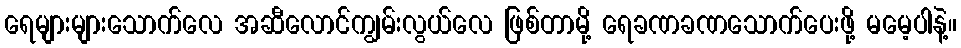
ရေများများသောက်လေ အဆီလောင်ကျွမ်းလွယ်လေ ဖြစ်တာမို့ ရေခဏခဏသောက်ပေးဖို့ မမေ့ပါနဲ့။